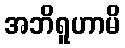
အဘိရူဟာမိ